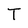
Character: T